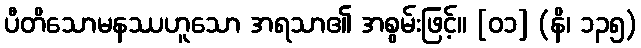
ပီတိသောမနဿဟူသော အရသာ၏ အစွမ်းဖြင့်။ [၀၁] (နိ၊ ၁၃၅)